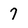
Character: 7